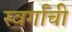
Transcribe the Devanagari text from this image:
स्वर्गाची